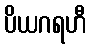
ပိယဂရဟီ